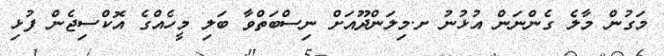
މަގުން މާލެ ގެންނަން އުޅުނު ށ.މިލަންދޫއަށް ނިސްބަތްވާ ބަލި މީހެއްގެ އޮކްސިޖެން ފުޅި